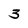
Character: 3